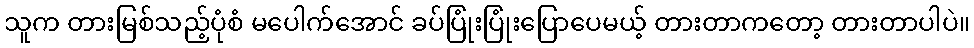
သူက တားမြစ်သည့်ပုံစံ မပေါက်အောင် ခပ်ပြုံးပြုံးပြောပေမယ့် တားတာကတော့ တားတာပါပဲ။